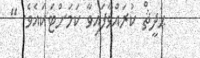
ޙަދީޘް ކުރައްވާފައިވާ ކަމަށްޓަކައެވެ. "